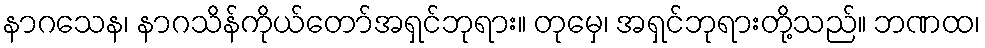
နာဂသေန၊ နာဂသိန်ကိုယ်တော်အရှင်ဘုရား။ တုမှေ၊ အရှင်ဘုရားတို့သည်။ ဘဏထ၊